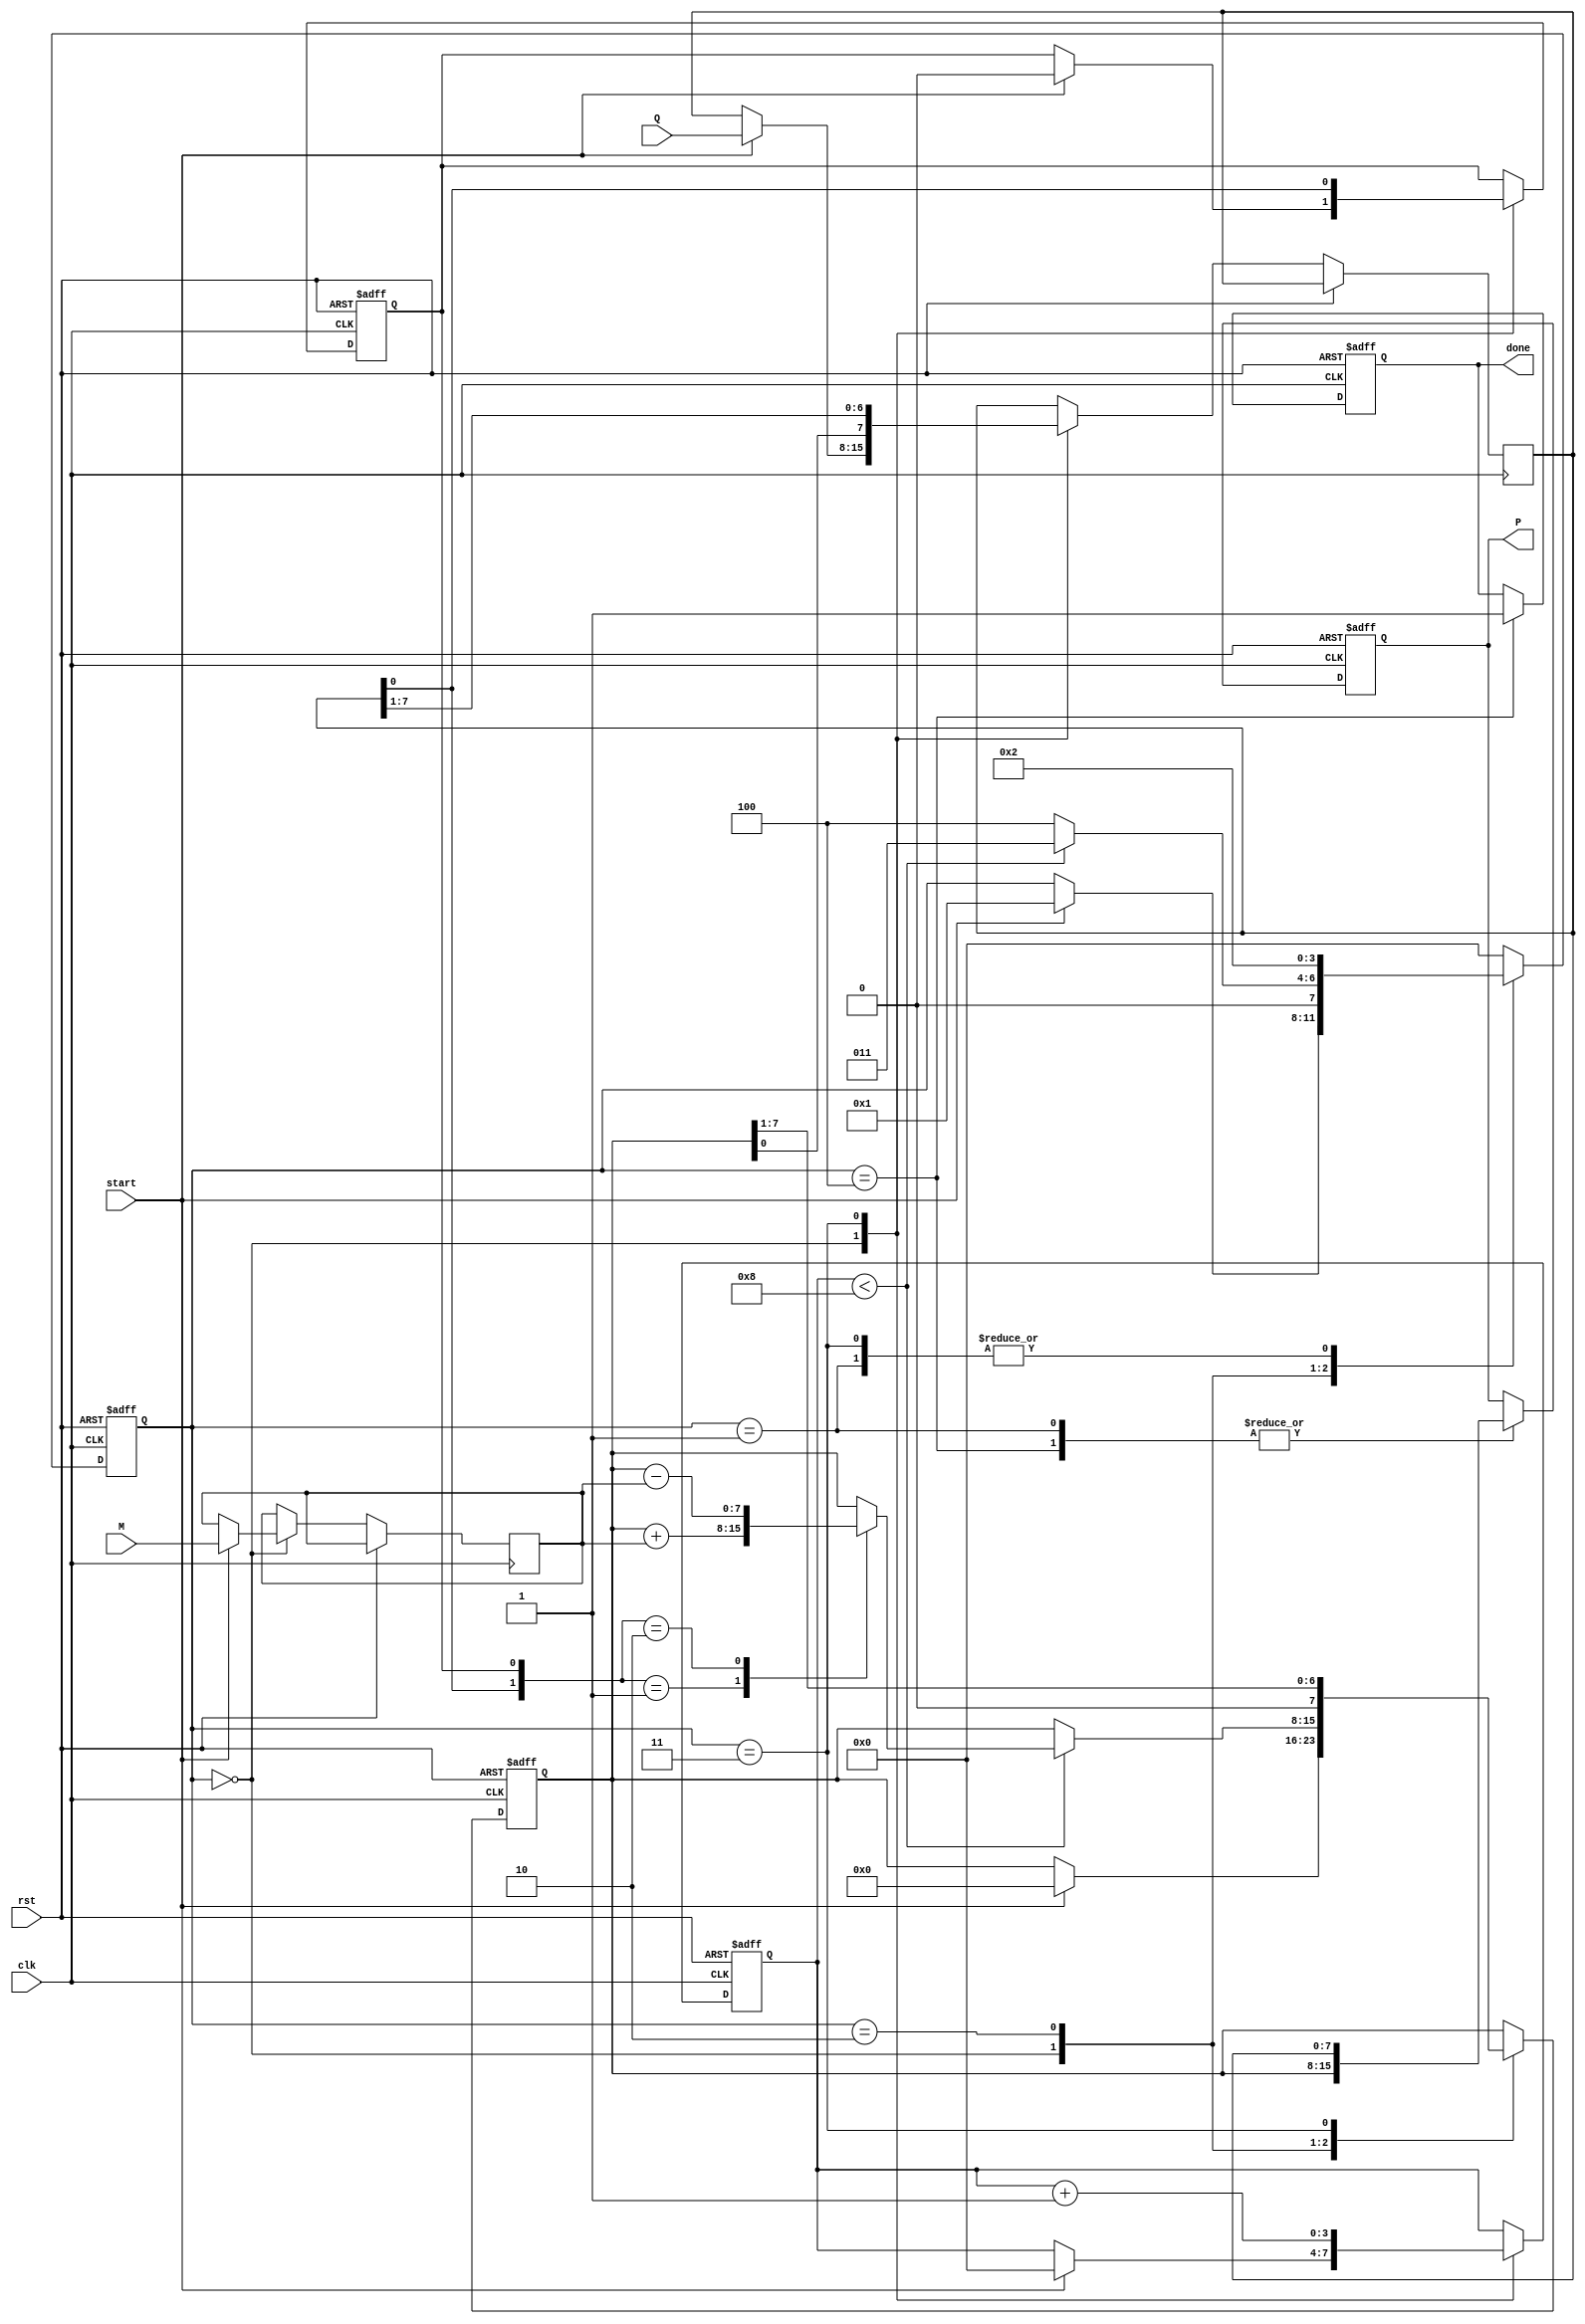
module booth_multiplier #(parameter N = 8) (
    input signed [N-1:0] M,          // Multiplicand
    input signed [N-1:0] Q,          // Multiplier
    input start,                     // Start signal
    input clk,                       // Clock signal
    input rst,                       // Reset signal
    output reg signed [2*N-1:0] P,   // Product output
    output reg done                  // Done signal
);

    reg signed [N-1:0] multiplicand; // M
    reg signed [N-1:0] multiplier;    // Q
    reg signed [N-1:0] A;             // Accumulator
    reg Q_1;                          // Previous LSB of Q
    reg [3:0] state;                  // State for FSM
    reg [3:0] count;                  // Iteration counter

    // State encoding
    localparam IDLE      = 4'b0000,
               LOAD      = 4'b0001,
               EXECUTE   = 4'b0010,
               SHIFT     = 4'b0011,
               DONE      = 4'b0100;

    // Initial state
    initial begin
        P = 0;
        A = 0;
        Q_1 = 0;
        state = IDLE;
        count = 0;
        done = 0;
    end

    always @(posedge clk or posedge rst) begin
        if (rst) begin
            P <= 0;
            A <= 0;
            Q_1 <= 0;
            state <= IDLE;
            count <= 0;
            done <= 0;
        end else begin
            case (state)
                IDLE: begin
                    if (start) begin
                        multiplicand <= M; // Load multiplicand
                        multiplier <= Q;   // Load multiplier
                        A <= 0;            // Clear accumulator
                        Q_1 <= 0;          // Initialize Q-1
                        count <= 0;        // Clear counter
                        state <= LOAD;     // Move to LOAD state
                    end
                end

                LOAD: begin
                    // Initialize the product register
                    P <= {A, multiplier}; // Combine A and Q into P
                    state <= EXECUTE;     // Move to EXECUTE state
                end

                EXECUTE: begin
                    if (count < N) begin
                        case ({multiplier[0], Q_1})
                            2'b01: A <= A + multiplicand;  // A = A + M
                            2'b10: A <= A - multiplicand;  // A = A - M
                            default: ;                     // No operation
                        endcase
                        state <= SHIFT; // Move to SHIFT state
                    end else begin
                        state <= DONE;  // Move to DONE state
                    end
                end

                SHIFT: begin
                    {A, multiplier} <= {A, multiplier} >> 1; // Arithmetic right shift
                    Q_1 <= multiplier[0]; // Update Q-1
                    count <= count + 1;    // Increment counter
                    state <= EXECUTE;      // Go back to EXECUTE
                end

                DONE: begin
                    P <= {A, multiplier}; // Final product
                    done <= 1;           // Set done signal
                    state <= IDLE;       // Go back to IDLE
                end

                default: state <= IDLE; // Default case
            endcase
        end
    end
endmodule